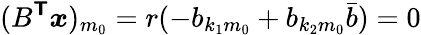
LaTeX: (B^{\boldsymbol{\mathsf{T}}}\boldsymbol{x})_{m_{0}}=r(-b_{{k_{1}}{m_{0}}}+b_{{k_{2}}{m_{0}}}\bar{b})=0